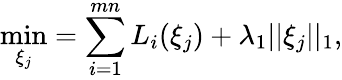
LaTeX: \operatorname*{min}_{\xi_{j}}=\sum_{i=1}^{mn}L_{i}(\xi_{j})+\lambda_{1}||\xi_{j}||_{1},